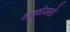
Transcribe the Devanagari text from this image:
ढकोसले